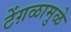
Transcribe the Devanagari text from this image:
टेंग़ळामुळे